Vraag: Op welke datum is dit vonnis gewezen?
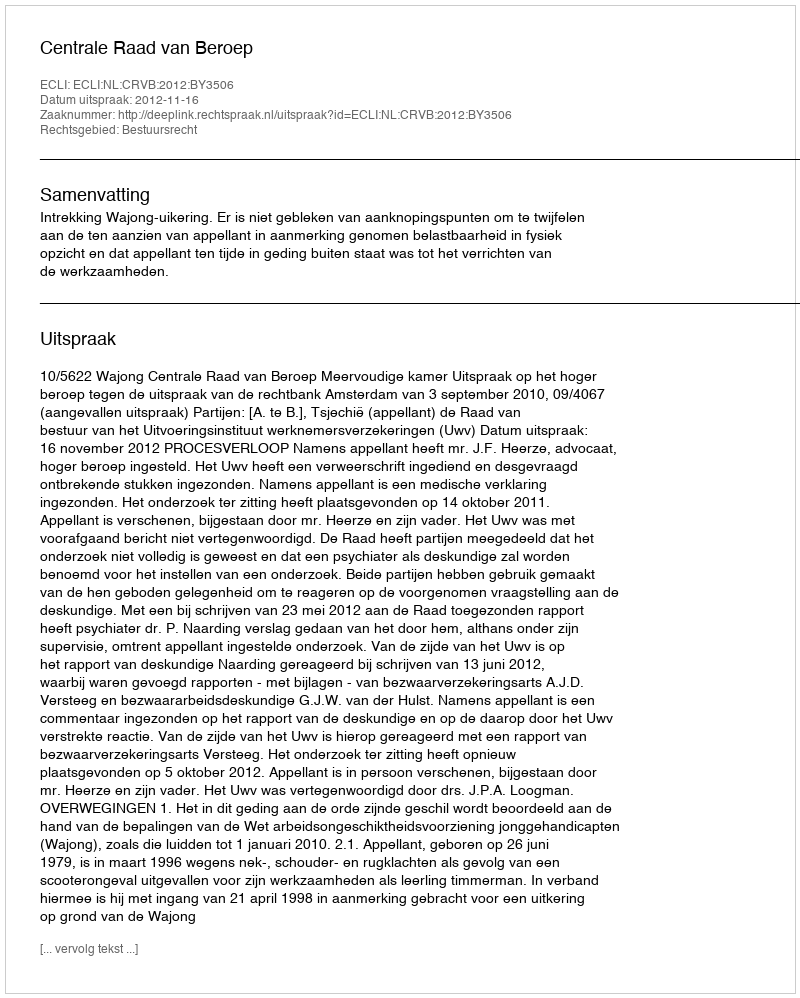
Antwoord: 2012-11-16